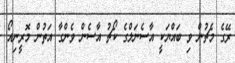
ރޭގެ މެޗުން ވި ބައްޔަކީ އާސެނަލްގެ ކޯޗު އާސެން ވެންގާ އަތުން މޮރީނިއޯ